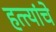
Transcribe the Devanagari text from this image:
हत्त्यांचे